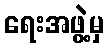
ရေးအဖွဲ့မှ